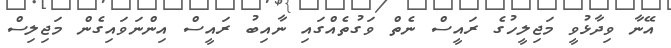
އޭނާ ވިދާޅުވީ މަޖިލީހުގެ ރައީސް ނެތް ވަގުތެއްގައި ނާއިބު ރައީސް އިންނަވައިގެން މަޖިލިސް